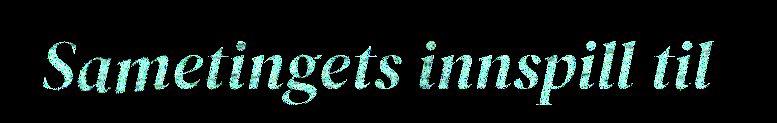
Sametingets innspill til